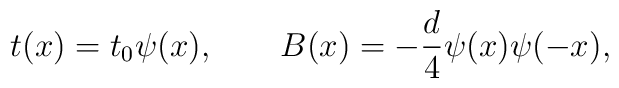
t(x)=t_{0}\psi(x),\qquad B(x)=-{d\over4}\psi(x)\psi(-x),